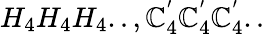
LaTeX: H_{4}H_{4}H_{4}..,\mathbb{C}_{4}^{'}\mathbb{C}_{4}^{'}\mathbb{C}_{4}^{'}..